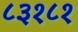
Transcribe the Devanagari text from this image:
८३१८१